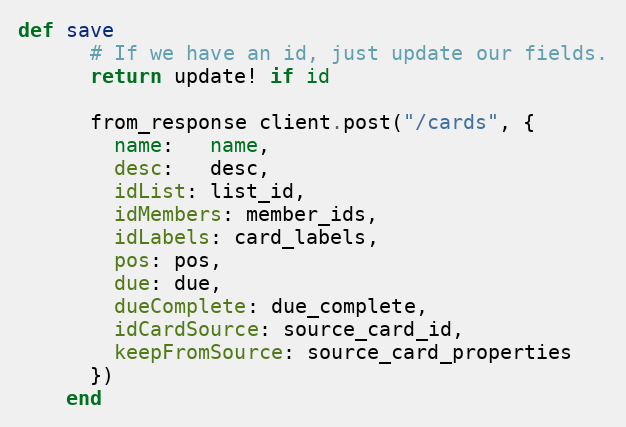
Language: Ruby
def save
      # If we have an id, just update our fields.
      return update! if id

      from_response client.post("/cards", {
        name:   name,
        desc:   desc,
        idList: list_id,
        idMembers: member_ids,
        idLabels: card_labels,
        pos: pos,
        due: due,
        dueComplete: due_complete,
        idCardSource: source_card_id,
        keepFromSource: source_card_properties
      })
    end